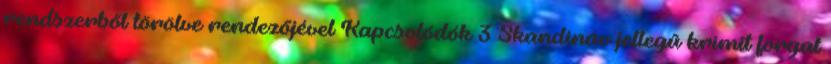
rendszerből törölve rendezőjével Kapcsolódók 3 Skandináv jellegű krimit forgat